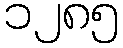
၁၂၈၅